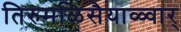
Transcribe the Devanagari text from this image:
तिरुमळिसैयाळ्वार्